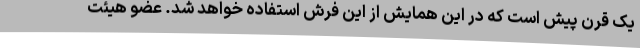
یک قرن پیش است که در این همایش از این فرش استفاده خواهد شد. عضو هیئت